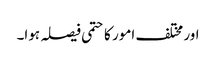
اور مختلف امور کا حتمی فیصلہ ہوا۔